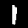
Digit: 1